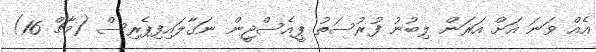
އެއް ވަނަ އަށް އަރަން ލިބުނު ފުރުސަތު ޕީއެސްޖީން ނަގާލައިފިޕެރިސް (މާޗް 16)